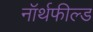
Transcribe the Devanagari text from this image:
नॉर्थफील्ड